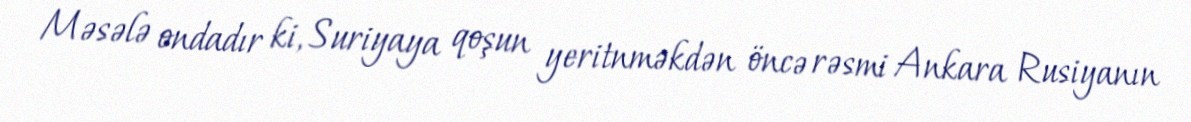
Məsələ ondadır ki, Suriyaya qoşun yeritnməkdən öncə rəsmi Ankara Rusiyanın